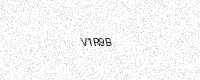
Text: V1R9B